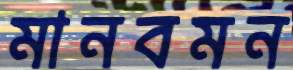
মানবমন